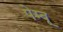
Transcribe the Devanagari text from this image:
पेम्बू